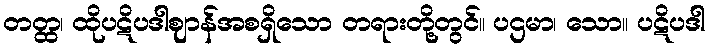
တတ္ထ၊ ထိုပဋိပဒါဈာန်အစရှိသော တရားတို့တွင်။ ပဌမာ၊ သော။ ပဋိပဒါ